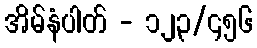
အိမ်နံပါတ် - ၁၂၃/၄၅၆